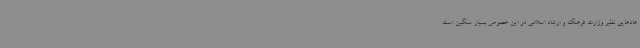
هادهایی نظیر وزارت فرهنگ و ارشاد اسلامی در این خصوص بسیار سنگین است